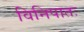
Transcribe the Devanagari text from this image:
विनिपातः